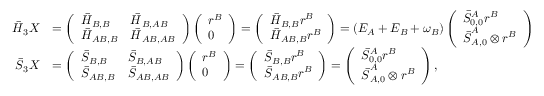
\begin{array} { r l } { \boldsymbol { \bar { H } } _ { 3 } \boldsymbol { X } } & { = \left( \begin{array} { l l } { \boldsymbol { \bar { H } } _ { B , B } } & { \boldsymbol { \bar { H } } _ { B , A B } } \\ { \boldsymbol { \bar { H } } _ { A B , B } } & { \boldsymbol { \bar { H } } _ { A B , A B } } \end{array} \right) \left( \begin{array} { l } { \boldsymbol { r } ^ { B } } \\ { \boldsymbol { 0 } } \end{array} \right) = \left( \begin{array} { l } { \boldsymbol { \bar { H } } _ { B , B } \boldsymbol { r } ^ { B } } \\ { \boldsymbol { \bar { H } } _ { A B , B } \boldsymbol { r } ^ { B } } \end{array} \right) = ( E _ { A } + E _ { B } + \omega _ { B } ) \left( \begin{array} { l } { \bar { { S } } _ { 0 , 0 } ^ { A } \boldsymbol { r } ^ { B } } \\ { \boldsymbol { \bar { { S } } } _ { A , 0 } ^ { A } \otimes \boldsymbol { r } ^ { B } } \end{array} \right) } \\ { \boldsymbol { \bar { { S } } } _ { 3 } \boldsymbol { X } } & { = \left( \begin{array} { l l } { \boldsymbol { \bar { { S } } } _ { B , B } } & { \boldsymbol { \bar { { S } } } _ { B , A B } } \\ { \boldsymbol { \bar { { S } } } _ { A B , B } } & { \boldsymbol { \bar { { S } } } _ { A B , A B } } \end{array} \right) \left( \begin{array} { l } { \boldsymbol { r } ^ { B } } \\ { \boldsymbol { 0 } } \end{array} \right) = \left( \begin{array} { l } { \boldsymbol { \bar { { S } } } _ { B , B } \boldsymbol { r } ^ { B } } \\ { \boldsymbol { \bar { { S } } } _ { A B , B } \boldsymbol { r } ^ { B } } \end{array} \right) = \left( \begin{array} { l } { \bar { { S } } _ { 0 , 0 } ^ { A } \boldsymbol { r } ^ { B } } \\ { \boldsymbol { \bar { { S } } } _ { A , 0 } ^ { A } \otimes \boldsymbol { r } ^ { B } } \end{array} \right) , } \end{array}